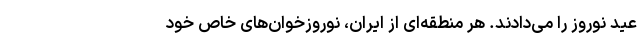
عید نوروز را می‌دادند. هر منطقه‌ای از ایران، نوروزخوان‌های خاص خود